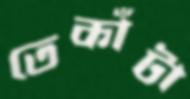
তেকাঁটা